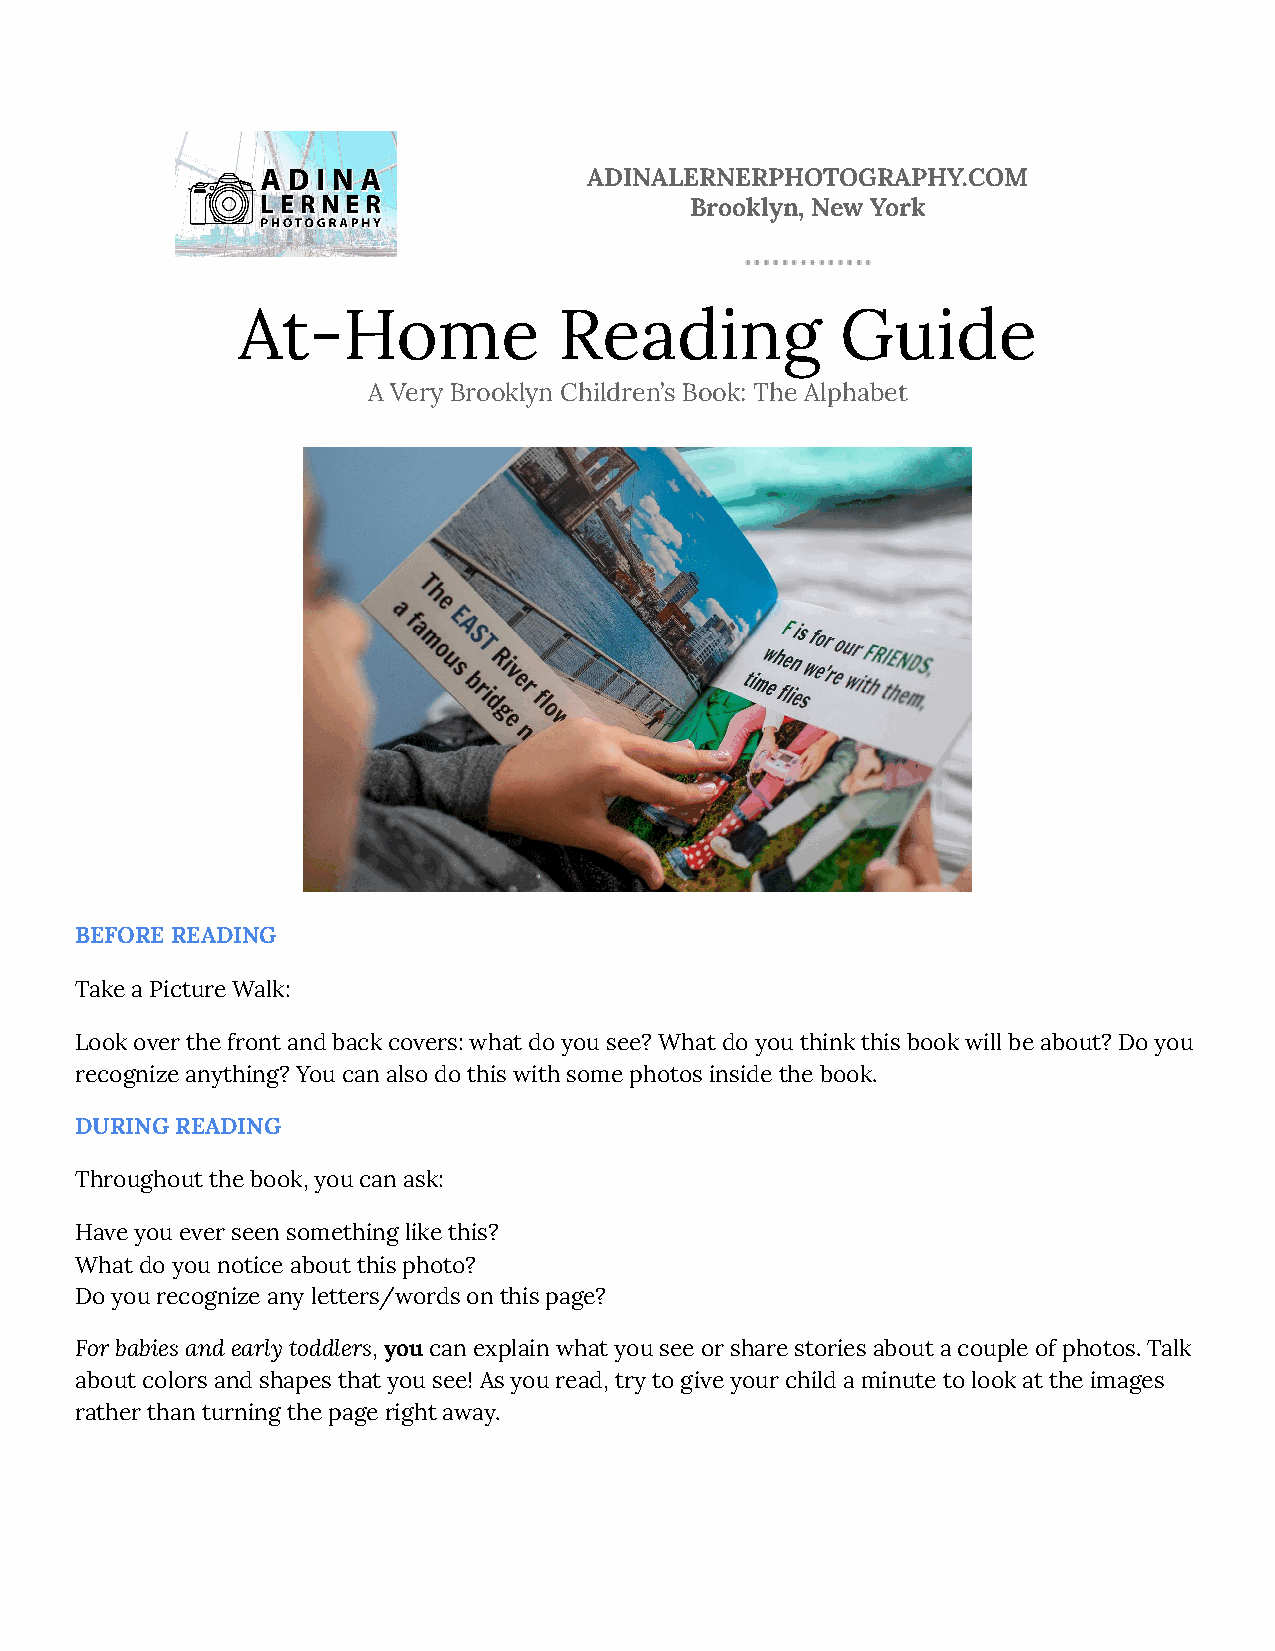
ADINALERNERPHOTOGRAPHY.COM
 Brooklyn, New York
 At-Home              Reading            Guide
 A Very Brooklyn Children’s Book: The Alphabet
 BEFORE READING
 Take a Picture Walk:
 Look over the front and back covers: what do you see? What do you think this book will be about? Do you
 recognize anything? You can also do this with some photos inside the book.
 DURING READING
 Throughout the book, you can ask:
 Have you ever seen something like this?
 What do you notice about this photo?
 Do you recognize any letters/words on this page?
 For babies and early toddlers,youcan explain whatyou see or share stories about a couple of photos. Talk
 about colors and shapes that you see! As you read, try to give your child a minute to look at the images
 rather than turning the page right away.